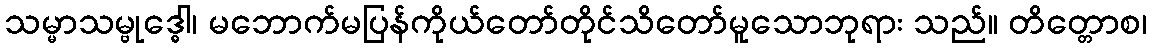
သမ္မာသမ္ဗုဒ္ဓေါ၊ မဘောက်မပြန်ကိုယ်တော်တိုင်သိတော်မူသောဘုရား သည်။ တိတ္တောစ၊